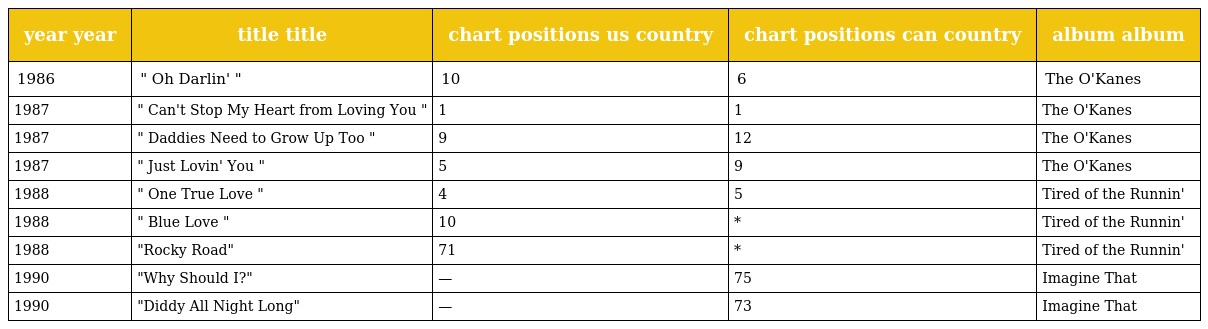
| year year | title title | chart positions us country | chart positions can country | album album |
 | --- | --- | --- | --- | --- |
 | 1986 | " Oh Darlin' " | 10 | 6 | The O'Kanes |
 | 1987 | " Can't Stop My Heart from Loving You " | 1 | 1 | The O'Kanes |
 | 1987 | " Daddies Need to Grow Up Too " | 9 | 12 | The O'Kanes |
 | 1987 | " Just Lovin' You " | 5 | 9 | The O'Kanes |
 | 1988 | " One True Love " | 4 | 5 | Tired of the Runnin' |
 | 1988 | " Blue Love " | 10 | * | Tired of the Runnin' |
 | 1988 | "Rocky Road" | 71 | * | Tired of the Runnin' |
 | 1990 | "Why Should I?" | — | 75 | Imagine That |
 | 1990 | "Diddy All Night Long" | — | 73 | Imagine That |